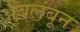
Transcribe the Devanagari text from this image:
अबलंबून